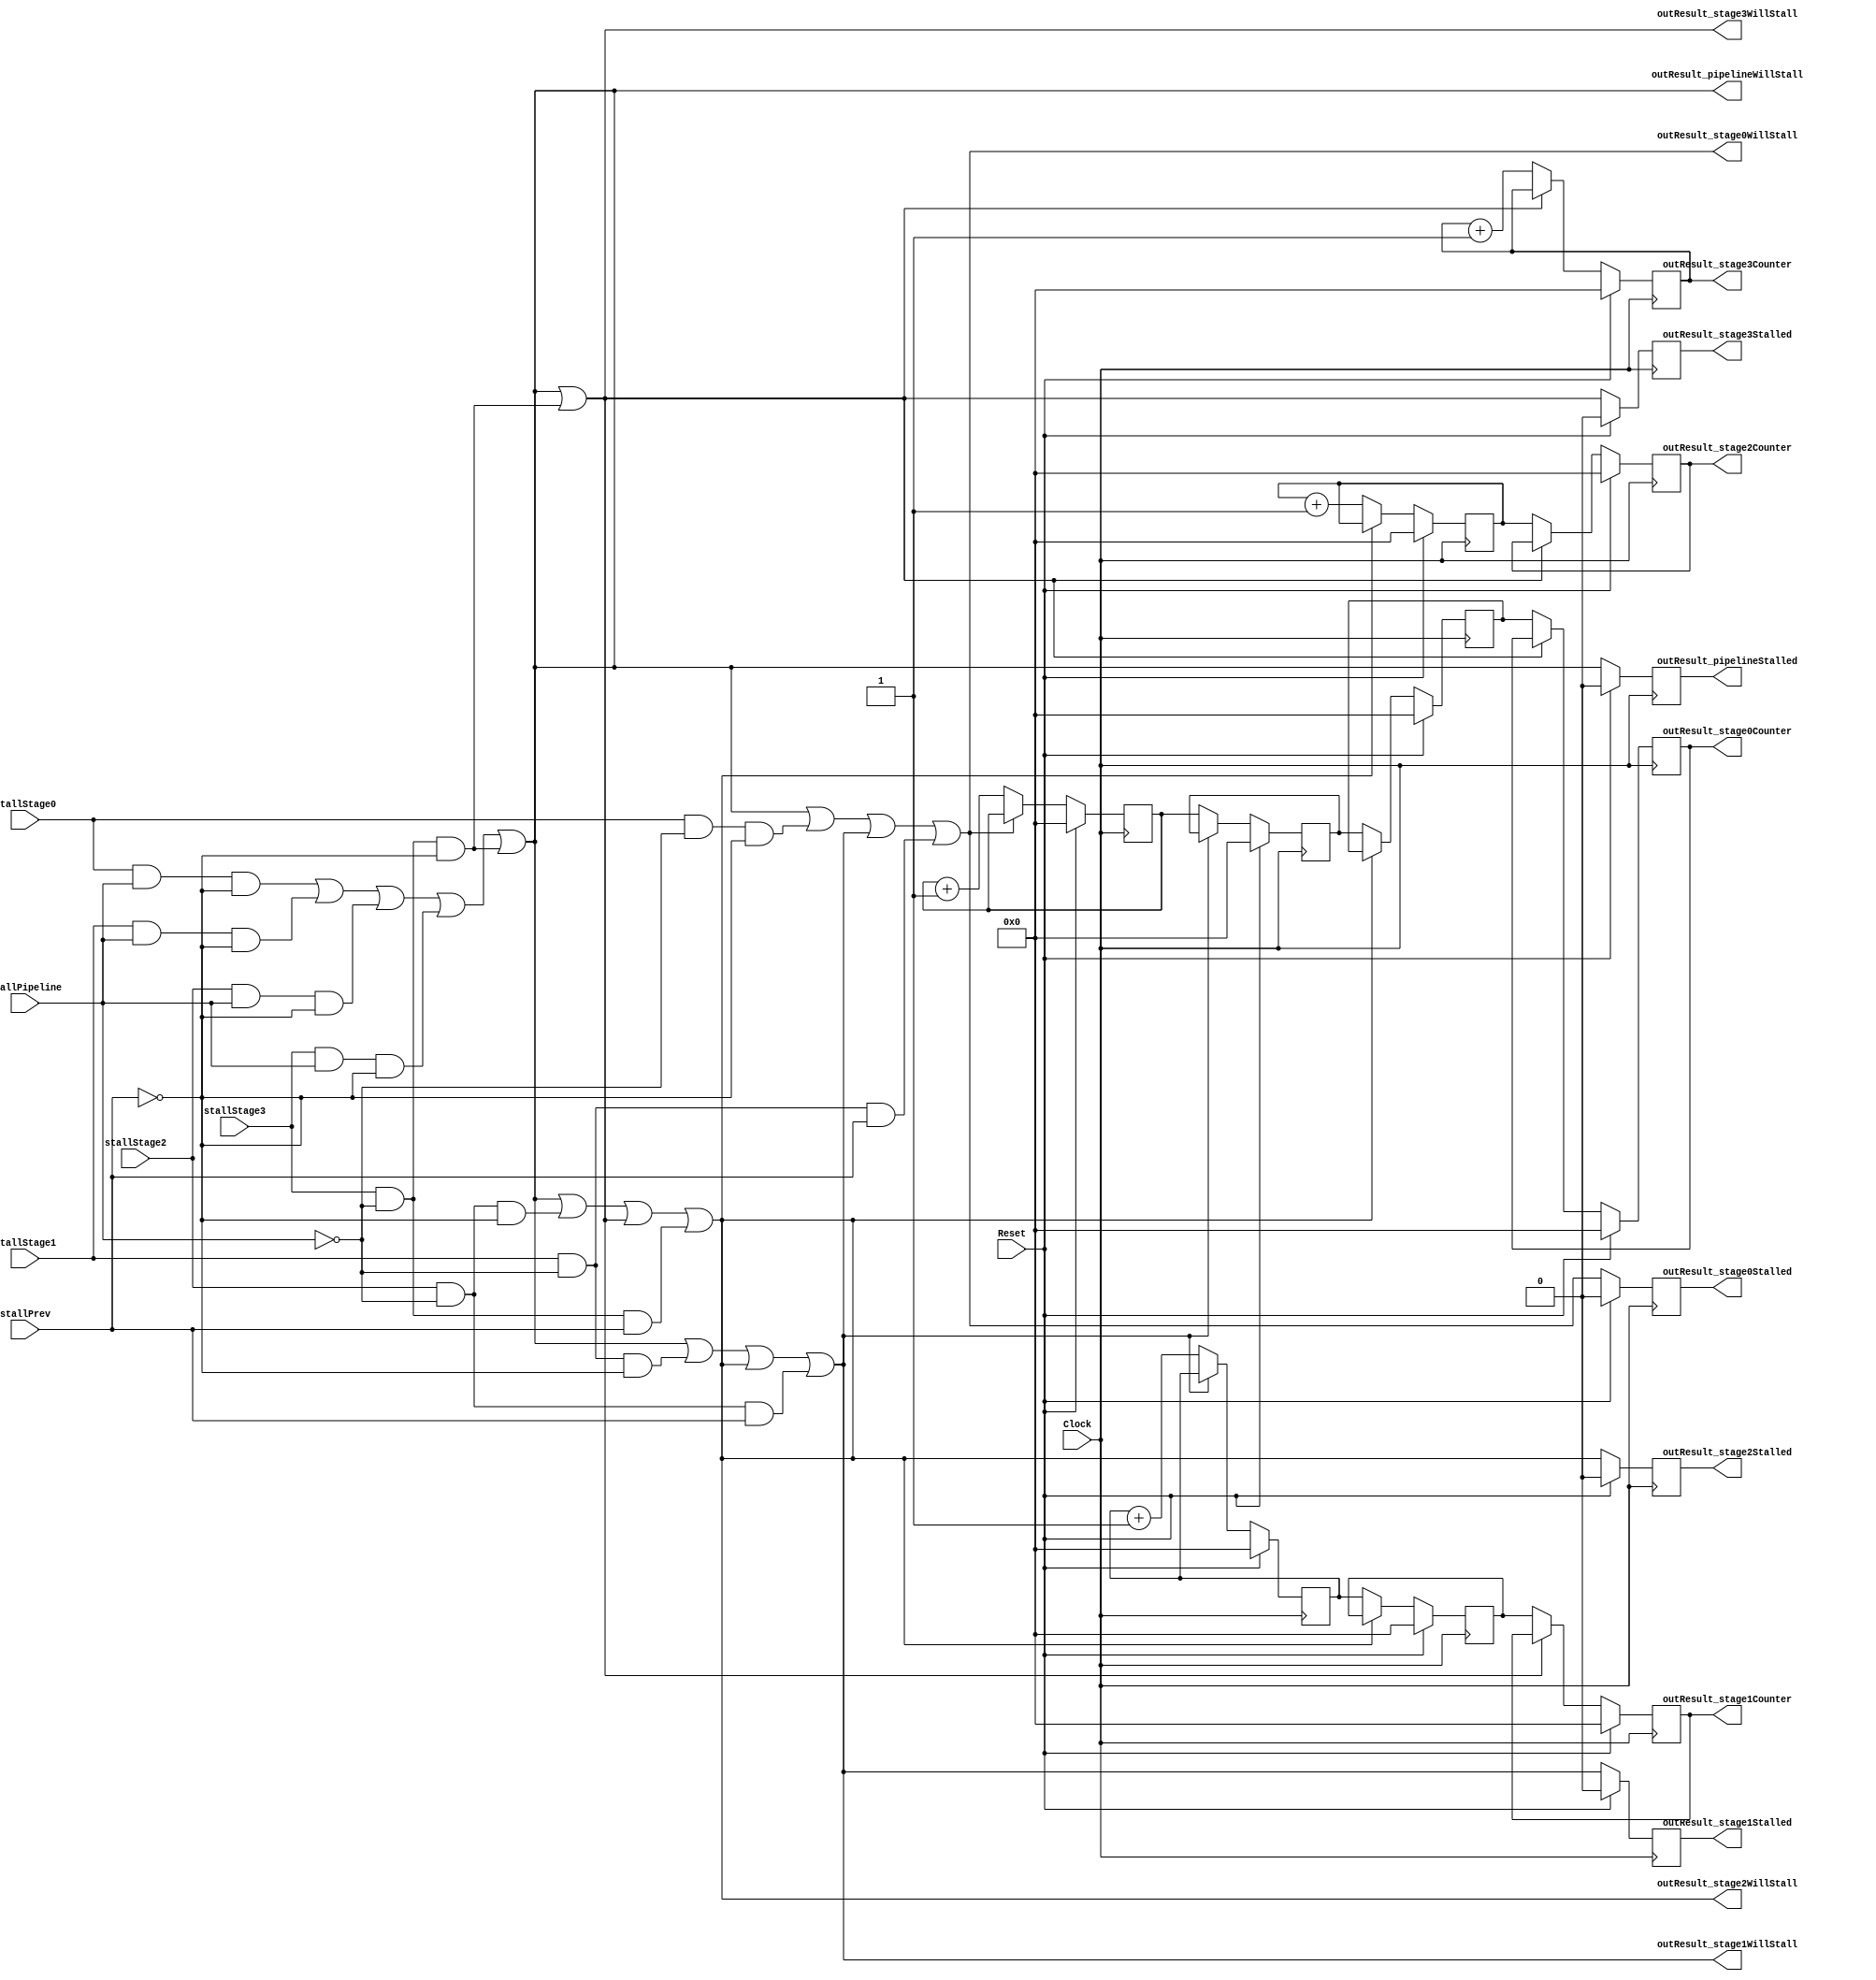
`timescale 1ns/1ps
`default_nettype none
// PLEASE READ THIS, IT MAY SAVE YOU SOME TIME AND MONEY, THANK YOU!
// * This file was generated by Quokka FPGA Toolkit.
// * Generated code is your property, do whatever you want with it
// * Place custom code between [BEGIN USER ***] and [END USER ***].
// * CAUTION: All code outside of [USER] scope is subject to regeneration.
// * Bad things happen sometimes in developer's life,
//   it is recommended to use source control management software (e.g. git, bzr etc) to keep your custom code safe'n'sound.
// * Internal structure of code is subject to change.
//   You can use some of signals in custom code, but most likely they will not exist in future (e.g. will get shorter or gone completely)
// * Please send your feedback, comments, improvement ideas etc. to evmuryshkin@gmail.com
// * Visit https://github.com/EvgenyMuryshkin/QuokkaEvaluation to access latest version of playground
//
// DISCLAIMER:
//   Code comes AS-IS, it is your responsibility to make sure it is working as expected
//   no responsibility will be taken for any loss or damage caused by use of Quokka toolkit.
//
// System configuration name is StallControlTestPipelineModule_TopLevel, clock frequency is 1Hz, Top-level
// FSM summary
// -- Packages
module StallControlTestPipelineModule_TopLevel
(
	// [BEGIN USER PORTS]
	// [END USER PORTS]
	input wire Clock,
	input wire Reset,
	input wire stallPipeline,
	input wire stallPrev,
	input wire stallStage0,
	input wire stallStage1,
	input wire stallStage2,
	input wire stallStage3,
	output wire outResult_pipelineStalled,
	output wire outResult_pipelineWillStall,
	output wire [7:0] outResult_stage0Counter,
	output wire outResult_stage0Stalled,
	output wire outResult_stage0WillStall,
	output wire [7:0] outResult_stage1Counter,
	output wire outResult_stage1Stalled,
	output wire outResult_stage1WillStall,
	output wire [7:0] outResult_stage2Counter,
	output wire outResult_stage2Stalled,
	output wire outResult_stage2WillStall,
	output wire [7:0] outResult_stage3Counter,
	output wire outResult_stage3Stalled,
	output wire outResult_stage3WillStall
);
	// [BEGIN USER SIGNALS]
	// [END USER SIGNALS]
	localparam HiSignal = 1'b1;
	localparam LoSignal = 1'b0;
	wire Zero = 1'b0;
	wire One = 1'b1;
	wire true = 1'b1;
	wire false = 1'b0;
	wire Pipeline_StallControlTestPipelineModule_L96F17L105T18_StallControlTestPipelineModule_L103F70T71_Expr = 1'b1;
	wire Pipeline_StallControlTestPipelineModule_L107F17L117T18_StallControlTestPipelineModule_L115F70T71_Expr = 1'b1;
	wire Pipeline_StallControlTestPipelineModule_L119F17L130T18_StallControlTestPipelineModule_L128F70T71_Expr = 1'b1;
	wire Pipeline_StallControlTestPipelineModule_L132F17L144T18_StallControlTestPipelineModule_L142F70T71_Expr = 1'b1;
	wire Inputs_stallPipeline;
	wire Inputs_stallPrev;
	wire Inputs_stallStage0;
	wire Inputs_stallStage1;
	wire Inputs_stallStage2;
	wire Inputs_stallStage3;
	wire Pipeline_PipelinePreview_PipelineWillStall;
	reg [7: 0] Pipeline_stage0_NextState_stage0Counter;
	wire Pipeline_stage0_Preview_StageWillStall;
	reg Pipeline_stage0_Request_StallPipeline = 1'b0;
	reg Pipeline_stage0_Request_StallPrev = 1'b0;
	reg Pipeline_stage0_Request_StallSelf = 1'b0;
	reg [7: 0] Pipeline_stage1_NextState_stage0Counter;
	reg [7: 0] Pipeline_stage1_NextState_stage1Counter;
	wire Pipeline_stage1_Preview_StageWillStall;
	reg Pipeline_stage1_Request_StallPipeline = 1'b0;
	reg Pipeline_stage1_Request_StallPrev = 1'b0;
	reg Pipeline_stage1_Request_StallSelf = 1'b0;
	reg [7: 0] Pipeline_stage2_NextState_stage0Counter;
	reg [7: 0] Pipeline_stage2_NextState_stage1Counter;
	reg [7: 0] Pipeline_stage2_NextState_stage2Counter;
	wire Pipeline_stage2_Preview_StageWillStall;
	reg Pipeline_stage2_Request_StallPipeline = 1'b0;
	reg Pipeline_stage2_Request_StallPrev = 1'b0;
	reg Pipeline_stage2_Request_StallSelf = 1'b0;
	reg [7: 0] Pipeline_stage3_NextState_stage0Counter;
	reg [7: 0] Pipeline_stage3_NextState_stage1Counter;
	reg [7: 0] Pipeline_stage3_NextState_stage2Counter;
	reg [7: 0] Pipeline_stage3_NextState_stage3Counter;
	wire Pipeline_stage3_Preview_StageWillStall;
	reg Pipeline_stage3_Request_StallPipeline = 1'b0;
	reg Pipeline_stage3_Request_StallPrev = 1'b0;
	reg Pipeline_stage3_Request_StallSelf = 1'b0;
	wire Pipeline_Inputs_stallPipeline;
	wire Pipeline_Inputs_stallPrev;
	wire Pipeline_Inputs_stallStage0;
	wire Pipeline_Inputs_stallStage1;
	wire Pipeline_Inputs_stallStage2;
	wire Pipeline_Inputs_stallStage3;
	wire [7: 0] Pipeline_State_stage0Counter;
	wire [7: 0] Pipeline_State_stage1Counter;
	wire [7: 0] Pipeline_State_stage2Counter;
	wire [7: 0] Pipeline_State_stage3Counter;
	wire [7: 0] Pipeline_NextState_stage0Counter;
	wire [7: 0] Pipeline_NextState_stage1Counter;
	wire [7: 0] Pipeline_NextState_stage2Counter;
	wire [7: 0] Pipeline_NextState_stage3Counter;
	wire [7: 0] Pipeline_StallControlTestPipelineModule_L96F17L105T18_StallControlTestPipelineModule_L103F41T72_Cast;
	wire [7: 0] Pipeline_StallControlTestPipelineModule_L107F17L117T18_StallControlTestPipelineModule_L115F41T72_Cast;
	wire [7: 0] Pipeline_StallControlTestPipelineModule_L119F17L130T18_StallControlTestPipelineModule_L128F41T72_Cast;
	wire [7: 0] Pipeline_StallControlTestPipelineModule_L132F17L144T18_StallControlTestPipelineModule_L142F41T72_Cast;
	reg Pipeline_PipelineControl_PipelineStalled = 1'b0;
	wire Pipeline_PipelineControl_PipelineStalledDefault = 1'b0;
	reg [7: 0] Pipeline_stage0_State_stage0Counter = 8'b00000000;
	wire [7: 0] Pipeline_stage0_State_stage0CounterDefault = 8'b00000000;
	reg Pipeline_stage0_Control_StageStalled = 1'b0;
	wire Pipeline_stage0_Control_StageStalledDefault = 1'b0;
	reg [7: 0] Pipeline_stage1_State_stage0Counter = 8'b00000000;
	wire [7: 0] Pipeline_stage1_State_stage0CounterDefault = 8'b00000000;
	reg [7: 0] Pipeline_stage1_State_stage1Counter = 8'b00000000;
	wire [7: 0] Pipeline_stage1_State_stage1CounterDefault = 8'b00000000;
	reg Pipeline_stage1_Control_StageStalled = 1'b0;
	wire Pipeline_stage1_Control_StageStalledDefault = 1'b0;
	reg [7: 0] Pipeline_stage2_State_stage0Counter = 8'b00000000;
	wire [7: 0] Pipeline_stage2_State_stage0CounterDefault = 8'b00000000;
	reg [7: 0] Pipeline_stage2_State_stage1Counter = 8'b00000000;
	wire [7: 0] Pipeline_stage2_State_stage1CounterDefault = 8'b00000000;
	reg [7: 0] Pipeline_stage2_State_stage2Counter = 8'b00000000;
	wire [7: 0] Pipeline_stage2_State_stage2CounterDefault = 8'b00000000;
	reg Pipeline_stage2_Control_StageStalled = 1'b0;
	wire Pipeline_stage2_Control_StageStalledDefault = 1'b0;
	reg [7: 0] Pipeline_stage3_State_stage0Counter = 8'b00000000;
	wire [7: 0] Pipeline_stage3_State_stage0CounterDefault = 8'b00000000;
	reg [7: 0] Pipeline_stage3_State_stage1Counter = 8'b00000000;
	wire [7: 0] Pipeline_stage3_State_stage1CounterDefault = 8'b00000000;
	reg [7: 0] Pipeline_stage3_State_stage2Counter = 8'b00000000;
	wire [7: 0] Pipeline_stage3_State_stage2CounterDefault = 8'b00000000;
	reg [7: 0] Pipeline_stage3_State_stage3Counter = 8'b00000000;
	wire [7: 0] Pipeline_stage3_State_stage3CounterDefault = 8'b00000000;
	reg Pipeline_stage3_Control_StageStalled = 1'b0;
	wire Pipeline_stage3_Control_StageStalledDefault = 1'b0;
	wire Pipeline_PipelinePreview_PipelineWillStall_Source;
	wire Pipeline_PipelinePreview_PipelineWillStall_Source_1;
	wire Pipeline_PipelinePreview_PipelineWillStall_Source_2;
	wire Pipeline_PipelinePreview_PipelineWillStall_Source_3;
	wire Pipeline_PipelinePreview_PipelineWillStall_Source_4;
	wire Pipeline_PipelinePreview_PipelineWillStall_Source_5;
	wire Pipeline_stage0_Preview_StageWillStall_Source;
	wire Pipeline_stage0_Preview_StageWillStall_Source_1;
	wire Pipeline_stage0_Preview_StageWillStall_Source_2;
	wire Pipeline_stage0_Preview_StageWillStall_Source_3;
	wire Pipeline_stage0_Preview_StageWillStall_Source_4;
	wire Pipeline_stage1_Preview_StageWillStall_Source;
	wire Pipeline_stage1_Preview_StageWillStall_Source_1;
	wire Pipeline_stage1_Preview_StageWillStall_Source_2;
	wire Pipeline_stage1_Preview_StageWillStall_Source_3;
	wire Pipeline_stage1_Preview_StageWillStall_Source_4;
	wire Pipeline_stage2_Preview_StageWillStall_Source;
	wire Pipeline_stage2_Preview_StageWillStall_Source_1;
	wire Pipeline_stage2_Preview_StageWillStall_Source_2;
	wire Pipeline_stage2_Preview_StageWillStall_Source_3;
	wire Pipeline_stage2_Preview_StageWillStall_Source_4;
	wire Pipeline_stage3_Preview_StageWillStall_Source;
	wire Pipeline_stage3_Preview_StageWillStall_Source_1;
	wire Pipeline_stage3_Preview_StageWillStall_Source_2;
	wire [7: 0] Pipeline_StallControlTestPipelineModule_L96F17L105T18_StallControlTestPipelineModule_L97F54T118_Expr;
	wire [7: 0] Pipeline_StallControlTestPipelineModule_L96F17L105T18_StallControlTestPipelineModule_L97F54T118_Expr_1;
	wire [7: 0] Pipeline_StallControlTestPipelineModule_L96F17L105T18_StallControlTestPipelineModule_L97F54T118_Expr_2;
	wire [7: 0] Pipeline_StallControlTestPipelineModule_L96F17L105T18_StallControlTestPipelineModule_L97F54T97_Expr;
	wire [7: 0] Pipeline_StallControlTestPipelineModule_L96F17L105T18_StallControlTestPipelineModule_L97F54T97_Expr_1;
	wire [7: 0] Pipeline_StallControlTestPipelineModule_L96F17L105T18_StallControlTestPipelineModule_L97F54T97_Expr_2;
	wire Pipeline_StallControlTestPipelineModule_L96F17L105T18_StallControlTestPipelineModule_L97F76T97_Expr;
	wire Pipeline_StallControlTestPipelineModule_L96F17L105T18_StallControlTestPipelineModule_L97F76T97_Expr_1;
	wire Pipeline_StallControlTestPipelineModule_L96F17L105T18_StallControlTestPipelineModule_L97F101T118_Expr;
	wire Pipeline_StallControlTestPipelineModule_L96F17L105T18_StallControlTestPipelineModule_L97F101T118_Expr_1;
	wire [7: 0] Pipeline_StallControlTestPipelineModule_L96F17L105T18_StallControlTestPipelineModule_L98F54T117_Expr;
	wire [7: 0] Pipeline_StallControlTestPipelineModule_L96F17L105T18_StallControlTestPipelineModule_L98F54T117_Expr_1;
	wire [7: 0] Pipeline_StallControlTestPipelineModule_L96F17L105T18_StallControlTestPipelineModule_L98F54T117_Expr_2;
	wire [7: 0] Pipeline_StallControlTestPipelineModule_L96F17L105T18_StallControlTestPipelineModule_L98F54T97_Expr;
	wire [7: 0] Pipeline_StallControlTestPipelineModule_L96F17L105T18_StallControlTestPipelineModule_L98F54T97_Expr_1;
	wire [7: 0] Pipeline_StallControlTestPipelineModule_L96F17L105T18_StallControlTestPipelineModule_L98F54T97_Expr_2;
	wire Pipeline_StallControlTestPipelineModule_L96F17L105T18_StallControlTestPipelineModule_L98F76T97_Expr;
	wire Pipeline_StallControlTestPipelineModule_L96F17L105T18_StallControlTestPipelineModule_L98F76T97_Expr_1;
	wire [7: 0] Pipeline_StallControlTestPipelineModule_L96F17L105T18_StallControlTestPipelineModule_L99F58T121_Expr;
	wire [7: 0] Pipeline_StallControlTestPipelineModule_L96F17L105T18_StallControlTestPipelineModule_L99F58T121_Expr_1;
	wire [7: 0] Pipeline_StallControlTestPipelineModule_L96F17L105T18_StallControlTestPipelineModule_L99F58T121_Expr_2;
	wire [7: 0] Pipeline_StallControlTestPipelineModule_L96F17L105T18_StallControlTestPipelineModule_L99F58T100_Expr;
	wire [7: 0] Pipeline_StallControlTestPipelineModule_L96F17L105T18_StallControlTestPipelineModule_L99F58T100_Expr_1;
	wire [7: 0] Pipeline_StallControlTestPipelineModule_L96F17L105T18_StallControlTestPipelineModule_L99F58T100_Expr_2;
	wire Pipeline_StallControlTestPipelineModule_L96F17L105T18_StallControlTestPipelineModule_L99F104T121_Expr;
	wire Pipeline_StallControlTestPipelineModule_L96F17L105T18_StallControlTestPipelineModule_L99F104T121_Expr_1;
	wire [15: 0] Pipeline_StallControlTestPipelineModule_L107F17L117T18_StallControlTestPipelineModule_L108F54T118_Expr;
	wire [15: 0] Pipeline_StallControlTestPipelineModule_L107F17L117T18_StallControlTestPipelineModule_L108F54T118_Expr_1;
	wire [15: 0] Pipeline_StallControlTestPipelineModule_L107F17L117T18_StallControlTestPipelineModule_L108F54T118_Expr_2;
	wire [15: 0] Pipeline_StallControlTestPipelineModule_L107F17L117T18_StallControlTestPipelineModule_L108F54T97_Expr;
	wire [15: 0] Pipeline_StallControlTestPipelineModule_L107F17L117T18_StallControlTestPipelineModule_L108F54T97_Expr_1;
	wire [15: 0] Pipeline_StallControlTestPipelineModule_L107F17L117T18_StallControlTestPipelineModule_L108F54T97_Expr_2;
	wire Pipeline_StallControlTestPipelineModule_L107F17L117T18_StallControlTestPipelineModule_L108F76T97_Expr;
	wire Pipeline_StallControlTestPipelineModule_L107F17L117T18_StallControlTestPipelineModule_L108F76T97_Expr_1;
	wire Pipeline_StallControlTestPipelineModule_L107F17L117T18_StallControlTestPipelineModule_L108F101T118_Expr;
	wire Pipeline_StallControlTestPipelineModule_L107F17L117T18_StallControlTestPipelineModule_L108F101T118_Expr_1;
	wire [15: 0] Pipeline_StallControlTestPipelineModule_L107F17L117T18_StallControlTestPipelineModule_L109F54T117_Expr;
	wire [15: 0] Pipeline_StallControlTestPipelineModule_L107F17L117T18_StallControlTestPipelineModule_L109F54T117_Expr_1;
	wire [15: 0] Pipeline_StallControlTestPipelineModule_L107F17L117T18_StallControlTestPipelineModule_L109F54T117_Expr_2;
	wire [15: 0] Pipeline_StallControlTestPipelineModule_L107F17L117T18_StallControlTestPipelineModule_L109F54T97_Expr;
	wire [15: 0] Pipeline_StallControlTestPipelineModule_L107F17L117T18_StallControlTestPipelineModule_L109F54T97_Expr_1;
	wire [15: 0] Pipeline_StallControlTestPipelineModule_L107F17L117T18_StallControlTestPipelineModule_L109F54T97_Expr_2;
	wire Pipeline_StallControlTestPipelineModule_L107F17L117T18_StallControlTestPipelineModule_L109F76T97_Expr;
	wire Pipeline_StallControlTestPipelineModule_L107F17L117T18_StallControlTestPipelineModule_L109F76T97_Expr_1;
	wire [15: 0] Pipeline_StallControlTestPipelineModule_L107F17L117T18_StallControlTestPipelineModule_L110F58T121_Expr;
	wire [15: 0] Pipeline_StallControlTestPipelineModule_L107F17L117T18_StallControlTestPipelineModule_L110F58T121_Expr_1;
	wire [15: 0] Pipeline_StallControlTestPipelineModule_L107F17L117T18_StallControlTestPipelineModule_L110F58T121_Expr_2;
	wire [15: 0] Pipeline_StallControlTestPipelineModule_L107F17L117T18_StallControlTestPipelineModule_L110F58T100_Expr;
	wire [15: 0] Pipeline_StallControlTestPipelineModule_L107F17L117T18_StallControlTestPipelineModule_L110F58T100_Expr_1;
	wire [15: 0] Pipeline_StallControlTestPipelineModule_L107F17L117T18_StallControlTestPipelineModule_L110F58T100_Expr_2;
	wire Pipeline_StallControlTestPipelineModule_L107F17L117T18_StallControlTestPipelineModule_L110F104T121_Expr;
	wire Pipeline_StallControlTestPipelineModule_L107F17L117T18_StallControlTestPipelineModule_L110F104T121_Expr_1;
	wire [23: 0] Pipeline_StallControlTestPipelineModule_L119F17L130T18_StallControlTestPipelineModule_L120F54T118_Expr;
	wire [23: 0] Pipeline_StallControlTestPipelineModule_L119F17L130T18_StallControlTestPipelineModule_L120F54T118_Expr_1;
	wire [23: 0] Pipeline_StallControlTestPipelineModule_L119F17L130T18_StallControlTestPipelineModule_L120F54T118_Expr_2;
	wire [23: 0] Pipeline_StallControlTestPipelineModule_L119F17L130T18_StallControlTestPipelineModule_L120F54T97_Expr;
	wire [23: 0] Pipeline_StallControlTestPipelineModule_L119F17L130T18_StallControlTestPipelineModule_L120F54T97_Expr_1;
	wire [23: 0] Pipeline_StallControlTestPipelineModule_L119F17L130T18_StallControlTestPipelineModule_L120F54T97_Expr_2;
	wire Pipeline_StallControlTestPipelineModule_L119F17L130T18_StallControlTestPipelineModule_L120F76T97_Expr;
	wire Pipeline_StallControlTestPipelineModule_L119F17L130T18_StallControlTestPipelineModule_L120F76T97_Expr_1;
	wire Pipeline_StallControlTestPipelineModule_L119F17L130T18_StallControlTestPipelineModule_L120F101T118_Expr;
	wire Pipeline_StallControlTestPipelineModule_L119F17L130T18_StallControlTestPipelineModule_L120F101T118_Expr_1;
	wire [23: 0] Pipeline_StallControlTestPipelineModule_L119F17L130T18_StallControlTestPipelineModule_L121F54T117_Expr;
	wire [23: 0] Pipeline_StallControlTestPipelineModule_L119F17L130T18_StallControlTestPipelineModule_L121F54T117_Expr_1;
	wire [23: 0] Pipeline_StallControlTestPipelineModule_L119F17L130T18_StallControlTestPipelineModule_L121F54T117_Expr_2;
	wire [23: 0] Pipeline_StallControlTestPipelineModule_L119F17L130T18_StallControlTestPipelineModule_L121F54T97_Expr;
	wire [23: 0] Pipeline_StallControlTestPipelineModule_L119F17L130T18_StallControlTestPipelineModule_L121F54T97_Expr_1;
	wire [23: 0] Pipeline_StallControlTestPipelineModule_L119F17L130T18_StallControlTestPipelineModule_L121F54T97_Expr_2;
	wire Pipeline_StallControlTestPipelineModule_L119F17L130T18_StallControlTestPipelineModule_L121F76T97_Expr;
	wire Pipeline_StallControlTestPipelineModule_L119F17L130T18_StallControlTestPipelineModule_L121F76T97_Expr_1;
	wire [23: 0] Pipeline_StallControlTestPipelineModule_L119F17L130T18_StallControlTestPipelineModule_L122F58T121_Expr;
	wire [23: 0] Pipeline_StallControlTestPipelineModule_L119F17L130T18_StallControlTestPipelineModule_L122F58T121_Expr_1;
	wire [23: 0] Pipeline_StallControlTestPipelineModule_L119F17L130T18_StallControlTestPipelineModule_L122F58T121_Expr_2;
	wire [23: 0] Pipeline_StallControlTestPipelineModule_L119F17L130T18_StallControlTestPipelineModule_L122F58T100_Expr;
	wire [23: 0] Pipeline_StallControlTestPipelineModule_L119F17L130T18_StallControlTestPipelineModule_L122F58T100_Expr_1;
	wire [23: 0] Pipeline_StallControlTestPipelineModule_L119F17L130T18_StallControlTestPipelineModule_L122F58T100_Expr_2;
	wire Pipeline_StallControlTestPipelineModule_L119F17L130T18_StallControlTestPipelineModule_L122F104T121_Expr;
	wire Pipeline_StallControlTestPipelineModule_L119F17L130T18_StallControlTestPipelineModule_L122F104T121_Expr_1;
	wire [31: 0] Pipeline_StallControlTestPipelineModule_L132F17L144T18_StallControlTestPipelineModule_L133F54T118_Expr;
	wire [31: 0] Pipeline_StallControlTestPipelineModule_L132F17L144T18_StallControlTestPipelineModule_L133F54T118_Expr_1;
	wire [31: 0] Pipeline_StallControlTestPipelineModule_L132F17L144T18_StallControlTestPipelineModule_L133F54T118_Expr_2;
	wire [31: 0] Pipeline_StallControlTestPipelineModule_L132F17L144T18_StallControlTestPipelineModule_L133F54T97_Expr;
	wire [31: 0] Pipeline_StallControlTestPipelineModule_L132F17L144T18_StallControlTestPipelineModule_L133F54T97_Expr_1;
	wire [31: 0] Pipeline_StallControlTestPipelineModule_L132F17L144T18_StallControlTestPipelineModule_L133F54T97_Expr_2;
	wire Pipeline_StallControlTestPipelineModule_L132F17L144T18_StallControlTestPipelineModule_L133F76T97_Expr;
	wire Pipeline_StallControlTestPipelineModule_L132F17L144T18_StallControlTestPipelineModule_L133F76T97_Expr_1;
	wire Pipeline_StallControlTestPipelineModule_L132F17L144T18_StallControlTestPipelineModule_L133F101T118_Expr;
	wire Pipeline_StallControlTestPipelineModule_L132F17L144T18_StallControlTestPipelineModule_L133F101T118_Expr_1;
	wire [31: 0] Pipeline_StallControlTestPipelineModule_L132F17L144T18_StallControlTestPipelineModule_L134F54T117_Expr;
	wire [31: 0] Pipeline_StallControlTestPipelineModule_L132F17L144T18_StallControlTestPipelineModule_L134F54T117_Expr_1;
	wire [31: 0] Pipeline_StallControlTestPipelineModule_L132F17L144T18_StallControlTestPipelineModule_L134F54T117_Expr_2;
	wire [31: 0] Pipeline_StallControlTestPipelineModule_L132F17L144T18_StallControlTestPipelineModule_L134F54T97_Expr;
	wire [31: 0] Pipeline_StallControlTestPipelineModule_L132F17L144T18_StallControlTestPipelineModule_L134F54T97_Expr_1;
	wire [31: 0] Pipeline_StallControlTestPipelineModule_L132F17L144T18_StallControlTestPipelineModule_L134F54T97_Expr_2;
	wire Pipeline_StallControlTestPipelineModule_L132F17L144T18_StallControlTestPipelineModule_L134F76T97_Expr;
	wire Pipeline_StallControlTestPipelineModule_L132F17L144T18_StallControlTestPipelineModule_L134F76T97_Expr_1;
	wire [31: 0] Pipeline_StallControlTestPipelineModule_L132F17L144T18_StallControlTestPipelineModule_L135F58T121_Expr;
	wire [31: 0] Pipeline_StallControlTestPipelineModule_L132F17L144T18_StallControlTestPipelineModule_L135F58T121_Expr_1;
	wire [31: 0] Pipeline_StallControlTestPipelineModule_L132F17L144T18_StallControlTestPipelineModule_L135F58T121_Expr_2;
	wire [31: 0] Pipeline_StallControlTestPipelineModule_L132F17L144T18_StallControlTestPipelineModule_L135F58T100_Expr;
	wire [31: 0] Pipeline_StallControlTestPipelineModule_L132F17L144T18_StallControlTestPipelineModule_L135F58T100_Expr_1;
	wire [31: 0] Pipeline_StallControlTestPipelineModule_L132F17L144T18_StallControlTestPipelineModule_L135F58T100_Expr_2;
	wire Pipeline_StallControlTestPipelineModule_L132F17L144T18_StallControlTestPipelineModule_L135F104T121_Expr;
	wire Pipeline_StallControlTestPipelineModule_L132F17L144T18_StallControlTestPipelineModule_L135F104T121_Expr_1;
	wire [9: 0] Pipeline_StallControlTestPipelineModule_L96F17L105T18_StallControlTestPipelineModule_L103F48T71_Expr;
	wire signed [9: 0] Pipeline_StallControlTestPipelineModule_L96F17L105T18_StallControlTestPipelineModule_L103F48T71_Expr_1;
	wire signed [9: 0] Pipeline_StallControlTestPipelineModule_L96F17L105T18_StallControlTestPipelineModule_L103F48T71_Expr_2;
	wire [9: 0] Pipeline_StallControlTestPipelineModule_L107F17L117T18_StallControlTestPipelineModule_L115F48T71_Expr;
	wire signed [9: 0] Pipeline_StallControlTestPipelineModule_L107F17L117T18_StallControlTestPipelineModule_L115F48T71_Expr_1;
	wire signed [9: 0] Pipeline_StallControlTestPipelineModule_L107F17L117T18_StallControlTestPipelineModule_L115F48T71_Expr_2;
	wire [9: 0] Pipeline_StallControlTestPipelineModule_L119F17L130T18_StallControlTestPipelineModule_L128F48T71_Expr;
	wire signed [9: 0] Pipeline_StallControlTestPipelineModule_L119F17L130T18_StallControlTestPipelineModule_L128F48T71_Expr_1;
	wire signed [9: 0] Pipeline_StallControlTestPipelineModule_L119F17L130T18_StallControlTestPipelineModule_L128F48T71_Expr_2;
	wire [9: 0] Pipeline_StallControlTestPipelineModule_L132F17L144T18_StallControlTestPipelineModule_L142F48T71_Expr;
	wire signed [9: 0] Pipeline_StallControlTestPipelineModule_L132F17L144T18_StallControlTestPipelineModule_L142F48T71_Expr_1;
	wire signed [9: 0] Pipeline_StallControlTestPipelineModule_L132F17L144T18_StallControlTestPipelineModule_L142F48T71_Expr_2;
	always @ (posedge Clock)
	begin
		if ((Reset == 1))
		begin
			Pipeline_PipelineControl_PipelineStalled <= Pipeline_PipelineControl_PipelineStalledDefault;
			Pipeline_stage0_State_stage0Counter <= Pipeline_stage0_State_stage0CounterDefault;
			Pipeline_stage0_Control_StageStalled <= Pipeline_stage0_Control_StageStalledDefault;
			Pipeline_stage1_State_stage0Counter <= Pipeline_stage1_State_stage0CounterDefault;
			Pipeline_stage1_State_stage1Counter <= Pipeline_stage1_State_stage1CounterDefault;
			Pipeline_stage1_Control_StageStalled <= Pipeline_stage1_Control_StageStalledDefault;
			Pipeline_stage2_State_stage0Counter <= Pipeline_stage2_State_stage0CounterDefault;
			Pipeline_stage2_State_stage1Counter <= Pipeline_stage2_State_stage1CounterDefault;
			Pipeline_stage2_State_stage2Counter <= Pipeline_stage2_State_stage2CounterDefault;
			Pipeline_stage2_Control_StageStalled <= Pipeline_stage2_Control_StageStalledDefault;
			Pipeline_stage3_State_stage0Counter <= Pipeline_stage3_State_stage0CounterDefault;
			Pipeline_stage3_State_stage1Counter <= Pipeline_stage3_State_stage1CounterDefault;
			Pipeline_stage3_State_stage2Counter <= Pipeline_stage3_State_stage2CounterDefault;
			Pipeline_stage3_State_stage3Counter <= Pipeline_stage3_State_stage3CounterDefault;
			Pipeline_stage3_Control_StageStalled <= Pipeline_stage3_Control_StageStalledDefault;
		end
		else
		begin
			Pipeline_PipelineControl_PipelineStalled <= Pipeline_PipelinePreview_PipelineWillStall;
			Pipeline_stage0_Control_StageStalled <= Pipeline_stage0_Preview_StageWillStall;
			Pipeline_stage1_Control_StageStalled <= Pipeline_stage1_Preview_StageWillStall;
			Pipeline_stage2_Control_StageStalled <= Pipeline_stage2_Preview_StageWillStall;
			Pipeline_stage3_Control_StageStalled <= Pipeline_stage3_Preview_StageWillStall;
			if ((Pipeline_stage0_Preview_StageWillStall != 1))
			begin
				Pipeline_stage0_State_stage0Counter <= Pipeline_stage0_NextState_stage0Counter;
			end
			if ((Pipeline_stage1_Preview_StageWillStall != 1))
			begin
				Pipeline_stage1_State_stage0Counter <= Pipeline_stage1_NextState_stage0Counter;
				Pipeline_stage1_State_stage1Counter <= Pipeline_stage1_NextState_stage1Counter;
			end
			if ((Pipeline_stage2_Preview_StageWillStall != 1))
			begin
				Pipeline_stage2_State_stage0Counter <= Pipeline_stage2_NextState_stage0Counter;
				Pipeline_stage2_State_stage1Counter <= Pipeline_stage2_NextState_stage1Counter;
				Pipeline_stage2_State_stage2Counter <= Pipeline_stage2_NextState_stage2Counter;
			end
			if ((Pipeline_stage3_Preview_StageWillStall != 1))
			begin
				Pipeline_stage3_State_stage0Counter <= Pipeline_stage3_NextState_stage0Counter;
				Pipeline_stage3_State_stage1Counter <= Pipeline_stage3_NextState_stage1Counter;
				Pipeline_stage3_State_stage2Counter <= Pipeline_stage3_NextState_stage2Counter;
				Pipeline_stage3_State_stage3Counter <= Pipeline_stage3_NextState_stage3Counter;
			end
		end
	end
	assign Pipeline_PipelinePreview_PipelineWillStall_Source = Pipeline_PipelinePreview_PipelineWillStall_Source_1 | Pipeline_PipelinePreview_PipelineWillStall_Source_2 | Pipeline_PipelinePreview_PipelineWillStall_Source_3 | Pipeline_PipelinePreview_PipelineWillStall_Source_4 | Pipeline_PipelinePreview_PipelineWillStall_Source_5;
	assign Pipeline_stage0_Preview_StageWillStall_Source = Pipeline_stage0_Preview_StageWillStall_Source_1 | Pipeline_stage0_Preview_StageWillStall_Source_2 | Pipeline_stage0_Preview_StageWillStall_Source_3 | Pipeline_stage0_Preview_StageWillStall_Source_4;
	assign Pipeline_stage1_Preview_StageWillStall_Source = Pipeline_stage1_Preview_StageWillStall_Source_1 | Pipeline_stage1_Preview_StageWillStall_Source_2 | Pipeline_stage1_Preview_StageWillStall_Source_3 | Pipeline_stage1_Preview_StageWillStall_Source_4;
	assign Pipeline_stage2_Preview_StageWillStall_Source = Pipeline_stage2_Preview_StageWillStall_Source_1 | Pipeline_stage2_Preview_StageWillStall_Source_2 | Pipeline_stage2_Preview_StageWillStall_Source_3 | Pipeline_stage2_Preview_StageWillStall_Source_4;
	assign Pipeline_stage3_Preview_StageWillStall_Source = Pipeline_stage3_Preview_StageWillStall_Source_1 | Pipeline_stage3_Preview_StageWillStall_Source_2;
	assign Pipeline_StallControlTestPipelineModule_L96F17L105T18_StallControlTestPipelineModule_L97F54T118_Expr = Pipeline_StallControlTestPipelineModule_L96F17L105T18_StallControlTestPipelineModule_L97F54T118_Expr_1 & Pipeline_StallControlTestPipelineModule_L96F17L105T18_StallControlTestPipelineModule_L97F54T118_Expr_2;
	assign Pipeline_StallControlTestPipelineModule_L96F17L105T18_StallControlTestPipelineModule_L97F54T97_Expr = Pipeline_StallControlTestPipelineModule_L96F17L105T18_StallControlTestPipelineModule_L97F54T97_Expr_1 & Pipeline_StallControlTestPipelineModule_L96F17L105T18_StallControlTestPipelineModule_L97F54T97_Expr_2;
	assign Pipeline_StallControlTestPipelineModule_L96F17L105T18_StallControlTestPipelineModule_L97F76T97_Expr = ~Pipeline_StallControlTestPipelineModule_L96F17L105T18_StallControlTestPipelineModule_L97F76T97_Expr_1;
	assign Pipeline_StallControlTestPipelineModule_L96F17L105T18_StallControlTestPipelineModule_L97F101T118_Expr = ~Pipeline_StallControlTestPipelineModule_L96F17L105T18_StallControlTestPipelineModule_L97F101T118_Expr_1;
	assign Pipeline_StallControlTestPipelineModule_L96F17L105T18_StallControlTestPipelineModule_L98F54T117_Expr = Pipeline_StallControlTestPipelineModule_L96F17L105T18_StallControlTestPipelineModule_L98F54T117_Expr_1 & Pipeline_StallControlTestPipelineModule_L96F17L105T18_StallControlTestPipelineModule_L98F54T117_Expr_2;
	assign Pipeline_StallControlTestPipelineModule_L96F17L105T18_StallControlTestPipelineModule_L98F54T97_Expr = Pipeline_StallControlTestPipelineModule_L96F17L105T18_StallControlTestPipelineModule_L98F54T97_Expr_1 & Pipeline_StallControlTestPipelineModule_L96F17L105T18_StallControlTestPipelineModule_L98F54T97_Expr_2;
	assign Pipeline_StallControlTestPipelineModule_L96F17L105T18_StallControlTestPipelineModule_L98F76T97_Expr = ~Pipeline_StallControlTestPipelineModule_L96F17L105T18_StallControlTestPipelineModule_L98F76T97_Expr_1;
	assign Pipeline_StallControlTestPipelineModule_L96F17L105T18_StallControlTestPipelineModule_L99F58T121_Expr = Pipeline_StallControlTestPipelineModule_L96F17L105T18_StallControlTestPipelineModule_L99F58T121_Expr_1 & Pipeline_StallControlTestPipelineModule_L96F17L105T18_StallControlTestPipelineModule_L99F58T121_Expr_2;
	assign Pipeline_StallControlTestPipelineModule_L96F17L105T18_StallControlTestPipelineModule_L99F58T100_Expr = Pipeline_StallControlTestPipelineModule_L96F17L105T18_StallControlTestPipelineModule_L99F58T100_Expr_1 & Pipeline_StallControlTestPipelineModule_L96F17L105T18_StallControlTestPipelineModule_L99F58T100_Expr_2;
	assign Pipeline_StallControlTestPipelineModule_L96F17L105T18_StallControlTestPipelineModule_L99F104T121_Expr = ~Pipeline_StallControlTestPipelineModule_L96F17L105T18_StallControlTestPipelineModule_L99F104T121_Expr_1;
	assign Pipeline_StallControlTestPipelineModule_L107F17L117T18_StallControlTestPipelineModule_L108F54T118_Expr = Pipeline_StallControlTestPipelineModule_L107F17L117T18_StallControlTestPipelineModule_L108F54T118_Expr_1 & Pipeline_StallControlTestPipelineModule_L107F17L117T18_StallControlTestPipelineModule_L108F54T118_Expr_2;
	assign Pipeline_StallControlTestPipelineModule_L107F17L117T18_StallControlTestPipelineModule_L108F54T97_Expr = Pipeline_StallControlTestPipelineModule_L107F17L117T18_StallControlTestPipelineModule_L108F54T97_Expr_1 & Pipeline_StallControlTestPipelineModule_L107F17L117T18_StallControlTestPipelineModule_L108F54T97_Expr_2;
	assign Pipeline_StallControlTestPipelineModule_L107F17L117T18_StallControlTestPipelineModule_L108F76T97_Expr = ~Pipeline_StallControlTestPipelineModule_L107F17L117T18_StallControlTestPipelineModule_L108F76T97_Expr_1;
	assign Pipeline_StallControlTestPipelineModule_L107F17L117T18_StallControlTestPipelineModule_L108F101T118_Expr = ~Pipeline_StallControlTestPipelineModule_L107F17L117T18_StallControlTestPipelineModule_L108F101T118_Expr_1;
	assign Pipeline_StallControlTestPipelineModule_L107F17L117T18_StallControlTestPipelineModule_L109F54T117_Expr = Pipeline_StallControlTestPipelineModule_L107F17L117T18_StallControlTestPipelineModule_L109F54T117_Expr_1 & Pipeline_StallControlTestPipelineModule_L107F17L117T18_StallControlTestPipelineModule_L109F54T117_Expr_2;
	assign Pipeline_StallControlTestPipelineModule_L107F17L117T18_StallControlTestPipelineModule_L109F54T97_Expr = Pipeline_StallControlTestPipelineModule_L107F17L117T18_StallControlTestPipelineModule_L109F54T97_Expr_1 & Pipeline_StallControlTestPipelineModule_L107F17L117T18_StallControlTestPipelineModule_L109F54T97_Expr_2;
	assign Pipeline_StallControlTestPipelineModule_L107F17L117T18_StallControlTestPipelineModule_L109F76T97_Expr = ~Pipeline_StallControlTestPipelineModule_L107F17L117T18_StallControlTestPipelineModule_L109F76T97_Expr_1;
	assign Pipeline_StallControlTestPipelineModule_L107F17L117T18_StallControlTestPipelineModule_L110F58T121_Expr = Pipeline_StallControlTestPipelineModule_L107F17L117T18_StallControlTestPipelineModule_L110F58T121_Expr_1 & Pipeline_StallControlTestPipelineModule_L107F17L117T18_StallControlTestPipelineModule_L110F58T121_Expr_2;
	assign Pipeline_StallControlTestPipelineModule_L107F17L117T18_StallControlTestPipelineModule_L110F58T100_Expr = Pipeline_StallControlTestPipelineModule_L107F17L117T18_StallControlTestPipelineModule_L110F58T100_Expr_1 & Pipeline_StallControlTestPipelineModule_L107F17L117T18_StallControlTestPipelineModule_L110F58T100_Expr_2;
	assign Pipeline_StallControlTestPipelineModule_L107F17L117T18_StallControlTestPipelineModule_L110F104T121_Expr = ~Pipeline_StallControlTestPipelineModule_L107F17L117T18_StallControlTestPipelineModule_L110F104T121_Expr_1;
	assign Pipeline_StallControlTestPipelineModule_L119F17L130T18_StallControlTestPipelineModule_L120F54T118_Expr = Pipeline_StallControlTestPipelineModule_L119F17L130T18_StallControlTestPipelineModule_L120F54T118_Expr_1 & Pipeline_StallControlTestPipelineModule_L119F17L130T18_StallControlTestPipelineModule_L120F54T118_Expr_2;
	assign Pipeline_StallControlTestPipelineModule_L119F17L130T18_StallControlTestPipelineModule_L120F54T97_Expr = Pipeline_StallControlTestPipelineModule_L119F17L130T18_StallControlTestPipelineModule_L120F54T97_Expr_1 & Pipeline_StallControlTestPipelineModule_L119F17L130T18_StallControlTestPipelineModule_L120F54T97_Expr_2;
	assign Pipeline_StallControlTestPipelineModule_L119F17L130T18_StallControlTestPipelineModule_L120F76T97_Expr = ~Pipeline_StallControlTestPipelineModule_L119F17L130T18_StallControlTestPipelineModule_L120F76T97_Expr_1;
	assign Pipeline_StallControlTestPipelineModule_L119F17L130T18_StallControlTestPipelineModule_L120F101T118_Expr = ~Pipeline_StallControlTestPipelineModule_L119F17L130T18_StallControlTestPipelineModule_L120F101T118_Expr_1;
	assign Pipeline_StallControlTestPipelineModule_L119F17L130T18_StallControlTestPipelineModule_L121F54T117_Expr = Pipeline_StallControlTestPipelineModule_L119F17L130T18_StallControlTestPipelineModule_L121F54T117_Expr_1 & Pipeline_StallControlTestPipelineModule_L119F17L130T18_StallControlTestPipelineModule_L121F54T117_Expr_2;
	assign Pipeline_StallControlTestPipelineModule_L119F17L130T18_StallControlTestPipelineModule_L121F54T97_Expr = Pipeline_StallControlTestPipelineModule_L119F17L130T18_StallControlTestPipelineModule_L121F54T97_Expr_1 & Pipeline_StallControlTestPipelineModule_L119F17L130T18_StallControlTestPipelineModule_L121F54T97_Expr_2;
	assign Pipeline_StallControlTestPipelineModule_L119F17L130T18_StallControlTestPipelineModule_L121F76T97_Expr = ~Pipeline_StallControlTestPipelineModule_L119F17L130T18_StallControlTestPipelineModule_L121F76T97_Expr_1;
	assign Pipeline_StallControlTestPipelineModule_L119F17L130T18_StallControlTestPipelineModule_L122F58T121_Expr = Pipeline_StallControlTestPipelineModule_L119F17L130T18_StallControlTestPipelineModule_L122F58T121_Expr_1 & Pipeline_StallControlTestPipelineModule_L119F17L130T18_StallControlTestPipelineModule_L122F58T121_Expr_2;
	assign Pipeline_StallControlTestPipelineModule_L119F17L130T18_StallControlTestPipelineModule_L122F58T100_Expr = Pipeline_StallControlTestPipelineModule_L119F17L130T18_StallControlTestPipelineModule_L122F58T100_Expr_1 & Pipeline_StallControlTestPipelineModule_L119F17L130T18_StallControlTestPipelineModule_L122F58T100_Expr_2;
	assign Pipeline_StallControlTestPipelineModule_L119F17L130T18_StallControlTestPipelineModule_L122F104T121_Expr = ~Pipeline_StallControlTestPipelineModule_L119F17L130T18_StallControlTestPipelineModule_L122F104T121_Expr_1;
	assign Pipeline_StallControlTestPipelineModule_L132F17L144T18_StallControlTestPipelineModule_L133F54T118_Expr = Pipeline_StallControlTestPipelineModule_L132F17L144T18_StallControlTestPipelineModule_L133F54T118_Expr_1 & Pipeline_StallControlTestPipelineModule_L132F17L144T18_StallControlTestPipelineModule_L133F54T118_Expr_2;
	assign Pipeline_StallControlTestPipelineModule_L132F17L144T18_StallControlTestPipelineModule_L133F54T97_Expr = Pipeline_StallControlTestPipelineModule_L132F17L144T18_StallControlTestPipelineModule_L133F54T97_Expr_1 & Pipeline_StallControlTestPipelineModule_L132F17L144T18_StallControlTestPipelineModule_L133F54T97_Expr_2;
	assign Pipeline_StallControlTestPipelineModule_L132F17L144T18_StallControlTestPipelineModule_L133F76T97_Expr = ~Pipeline_StallControlTestPipelineModule_L132F17L144T18_StallControlTestPipelineModule_L133F76T97_Expr_1;
	assign Pipeline_StallControlTestPipelineModule_L132F17L144T18_StallControlTestPipelineModule_L133F101T118_Expr = ~Pipeline_StallControlTestPipelineModule_L132F17L144T18_StallControlTestPipelineModule_L133F101T118_Expr_1;
	assign Pipeline_StallControlTestPipelineModule_L132F17L144T18_StallControlTestPipelineModule_L134F54T117_Expr = Pipeline_StallControlTestPipelineModule_L132F17L144T18_StallControlTestPipelineModule_L134F54T117_Expr_1 & Pipeline_StallControlTestPipelineModule_L132F17L144T18_StallControlTestPipelineModule_L134F54T117_Expr_2;
	assign Pipeline_StallControlTestPipelineModule_L132F17L144T18_StallControlTestPipelineModule_L134F54T97_Expr = Pipeline_StallControlTestPipelineModule_L132F17L144T18_StallControlTestPipelineModule_L134F54T97_Expr_1 & Pipeline_StallControlTestPipelineModule_L132F17L144T18_StallControlTestPipelineModule_L134F54T97_Expr_2;
	assign Pipeline_StallControlTestPipelineModule_L132F17L144T18_StallControlTestPipelineModule_L134F76T97_Expr = ~Pipeline_StallControlTestPipelineModule_L132F17L144T18_StallControlTestPipelineModule_L134F76T97_Expr_1;
	assign Pipeline_StallControlTestPipelineModule_L132F17L144T18_StallControlTestPipelineModule_L135F58T121_Expr = Pipeline_StallControlTestPipelineModule_L132F17L144T18_StallControlTestPipelineModule_L135F58T121_Expr_1 & Pipeline_StallControlTestPipelineModule_L132F17L144T18_StallControlTestPipelineModule_L135F58T121_Expr_2;
	assign Pipeline_StallControlTestPipelineModule_L132F17L144T18_StallControlTestPipelineModule_L135F58T100_Expr = Pipeline_StallControlTestPipelineModule_L132F17L144T18_StallControlTestPipelineModule_L135F58T100_Expr_1 & Pipeline_StallControlTestPipelineModule_L132F17L144T18_StallControlTestPipelineModule_L135F58T100_Expr_2;
	assign Pipeline_StallControlTestPipelineModule_L132F17L144T18_StallControlTestPipelineModule_L135F104T121_Expr = ~Pipeline_StallControlTestPipelineModule_L132F17L144T18_StallControlTestPipelineModule_L135F104T121_Expr_1;
	assign Pipeline_StallControlTestPipelineModule_L96F17L105T18_StallControlTestPipelineModule_L103F48T71_Expr = Pipeline_StallControlTestPipelineModule_L96F17L105T18_StallControlTestPipelineModule_L103F48T71_Expr_1 + Pipeline_StallControlTestPipelineModule_L96F17L105T18_StallControlTestPipelineModule_L103F48T71_Expr_2;
	assign Pipeline_StallControlTestPipelineModule_L107F17L117T18_StallControlTestPipelineModule_L115F48T71_Expr = Pipeline_StallControlTestPipelineModule_L107F17L117T18_StallControlTestPipelineModule_L115F48T71_Expr_1 + Pipeline_StallControlTestPipelineModule_L107F17L117T18_StallControlTestPipelineModule_L115F48T71_Expr_2;
	assign Pipeline_StallControlTestPipelineModule_L119F17L130T18_StallControlTestPipelineModule_L128F48T71_Expr = Pipeline_StallControlTestPipelineModule_L119F17L130T18_StallControlTestPipelineModule_L128F48T71_Expr_1 + Pipeline_StallControlTestPipelineModule_L119F17L130T18_StallControlTestPipelineModule_L128F48T71_Expr_2;
	assign Pipeline_StallControlTestPipelineModule_L132F17L144T18_StallControlTestPipelineModule_L142F48T71_Expr = Pipeline_StallControlTestPipelineModule_L132F17L144T18_StallControlTestPipelineModule_L142F48T71_Expr_1 + Pipeline_StallControlTestPipelineModule_L132F17L144T18_StallControlTestPipelineModule_L142F48T71_Expr_2;
	always @ (*)
	begin
		Pipeline_stage0_NextState_stage0Counter = Pipeline_stage0_State_stage0Counter;
		Pipeline_stage1_NextState_stage0Counter = Pipeline_stage1_State_stage0Counter;
		Pipeline_stage1_NextState_stage1Counter = Pipeline_stage1_State_stage1Counter;
		Pipeline_stage2_NextState_stage0Counter = Pipeline_stage2_State_stage0Counter;
		Pipeline_stage2_NextState_stage1Counter = Pipeline_stage2_State_stage1Counter;
		Pipeline_stage2_NextState_stage2Counter = Pipeline_stage2_State_stage2Counter;
		Pipeline_stage3_NextState_stage0Counter = Pipeline_stage3_State_stage0Counter;
		Pipeline_stage3_NextState_stage1Counter = Pipeline_stage3_State_stage1Counter;
		Pipeline_stage3_NextState_stage2Counter = Pipeline_stage3_State_stage2Counter;
		Pipeline_stage3_NextState_stage3Counter = Pipeline_stage3_State_stage3Counter;
		Pipeline_stage0_Request_StallSelf = Pipeline_StallControlTestPipelineModule_L96F17L105T18_StallControlTestPipelineModule_L97F54T118_Expr[0:0];
		Pipeline_stage0_Request_StallPrev = Pipeline_StallControlTestPipelineModule_L96F17L105T18_StallControlTestPipelineModule_L98F54T117_Expr[0:0];
		Pipeline_stage0_Request_StallPipeline = Pipeline_StallControlTestPipelineModule_L96F17L105T18_StallControlTestPipelineModule_L99F58T121_Expr[0:0];
		Pipeline_stage0_NextState_stage0Counter = Pipeline_StallControlTestPipelineModule_L96F17L105T18_StallControlTestPipelineModule_L103F41T72_Cast;
		Pipeline_stage1_Request_StallSelf = Pipeline_StallControlTestPipelineModule_L107F17L117T18_StallControlTestPipelineModule_L108F54T118_Expr[0:0];
		Pipeline_stage1_Request_StallPrev = Pipeline_StallControlTestPipelineModule_L107F17L117T18_StallControlTestPipelineModule_L109F54T117_Expr[0:0];
		Pipeline_stage1_Request_StallPipeline = Pipeline_StallControlTestPipelineModule_L107F17L117T18_StallControlTestPipelineModule_L110F58T121_Expr[0:0];
		Pipeline_stage1_NextState_stage0Counter = Pipeline_stage0_State_stage0Counter;
		Pipeline_stage1_NextState_stage1Counter = Pipeline_StallControlTestPipelineModule_L107F17L117T18_StallControlTestPipelineModule_L115F41T72_Cast;
		Pipeline_stage2_Request_StallSelf = Pipeline_StallControlTestPipelineModule_L119F17L130T18_StallControlTestPipelineModule_L120F54T118_Expr[0:0];
		Pipeline_stage2_Request_StallPrev = Pipeline_StallControlTestPipelineModule_L119F17L130T18_StallControlTestPipelineModule_L121F54T117_Expr[0:0];
		Pipeline_stage2_Request_StallPipeline = Pipeline_StallControlTestPipelineModule_L119F17L130T18_StallControlTestPipelineModule_L122F58T121_Expr[0:0];
		Pipeline_stage2_NextState_stage0Counter = Pipeline_stage1_State_stage0Counter;
		Pipeline_stage2_NextState_stage1Counter = Pipeline_stage1_State_stage1Counter;
		Pipeline_stage2_NextState_stage2Counter = Pipeline_StallControlTestPipelineModule_L119F17L130T18_StallControlTestPipelineModule_L128F41T72_Cast;
		Pipeline_stage3_Request_StallSelf = Pipeline_StallControlTestPipelineModule_L132F17L144T18_StallControlTestPipelineModule_L133F54T118_Expr[0:0];
		Pipeline_stage3_Request_StallPrev = Pipeline_StallControlTestPipelineModule_L132F17L144T18_StallControlTestPipelineModule_L134F54T117_Expr[0:0];
		Pipeline_stage3_Request_StallPipeline = Pipeline_StallControlTestPipelineModule_L132F17L144T18_StallControlTestPipelineModule_L135F58T121_Expr[0:0];
		Pipeline_stage3_NextState_stage0Counter = Pipeline_stage2_State_stage0Counter;
		Pipeline_stage3_NextState_stage1Counter = Pipeline_stage2_State_stage1Counter;
		Pipeline_stage3_NextState_stage2Counter = Pipeline_stage2_State_stage2Counter;
		Pipeline_stage3_NextState_stage3Counter = Pipeline_StallControlTestPipelineModule_L132F17L144T18_StallControlTestPipelineModule_L142F41T72_Cast;
	end
	assign Pipeline_PipelinePreview_PipelineWillStall_Source_1 = Pipeline_stage0_Request_StallPipeline;
	assign Pipeline_PipelinePreview_PipelineWillStall_Source_2 = Pipeline_stage1_Request_StallPipeline;
	assign Pipeline_PipelinePreview_PipelineWillStall_Source_3 = Pipeline_stage2_Request_StallPipeline;
	assign Pipeline_PipelinePreview_PipelineWillStall_Source_4 = Pipeline_stage3_Request_StallPipeline;
	assign Pipeline_PipelinePreview_PipelineWillStall_Source_5 = Pipeline_stage3_Request_StallSelf;
	assign Pipeline_stage0_Preview_StageWillStall_Source_1 = Pipeline_PipelinePreview_PipelineWillStall;
	assign Pipeline_stage0_Preview_StageWillStall_Source_2 = Pipeline_stage0_Request_StallSelf;
	assign Pipeline_stage0_Preview_StageWillStall_Source_3 = Pipeline_stage1_Preview_StageWillStall;
	assign Pipeline_stage0_Preview_StageWillStall_Source_4 = Pipeline_stage1_Request_StallPrev;
	assign Pipeline_stage1_Preview_StageWillStall_Source_1 = Pipeline_PipelinePreview_PipelineWillStall;
	assign Pipeline_stage1_Preview_StageWillStall_Source_2 = Pipeline_stage1_Request_StallSelf;
	assign Pipeline_stage1_Preview_StageWillStall_Source_3 = Pipeline_stage2_Preview_StageWillStall;
	assign Pipeline_stage1_Preview_StageWillStall_Source_4 = Pipeline_stage2_Request_StallPrev;
	assign Pipeline_stage2_Preview_StageWillStall_Source_1 = Pipeline_PipelinePreview_PipelineWillStall;
	assign Pipeline_stage2_Preview_StageWillStall_Source_2 = Pipeline_stage2_Request_StallSelf;
	assign Pipeline_stage2_Preview_StageWillStall_Source_3 = Pipeline_stage3_Preview_StageWillStall;
	assign Pipeline_stage2_Preview_StageWillStall_Source_4 = Pipeline_stage3_Request_StallPrev;
	assign Pipeline_stage3_Preview_StageWillStall_Source_1 = Pipeline_PipelinePreview_PipelineWillStall;
	assign Pipeline_stage3_Preview_StageWillStall_Source_2 = Pipeline_stage3_Request_StallSelf;
	assign Pipeline_StallControlTestPipelineModule_L96F17L105T18_StallControlTestPipelineModule_L97F54T118_Expr_1 = Pipeline_StallControlTestPipelineModule_L96F17L105T18_StallControlTestPipelineModule_L97F54T97_Expr;
	assign Pipeline_StallControlTestPipelineModule_L96F17L105T18_StallControlTestPipelineModule_L97F54T118_Expr_2 = {
		{7{1'b0}},
		Pipeline_StallControlTestPipelineModule_L96F17L105T18_StallControlTestPipelineModule_L97F101T118_Expr
	}
	;
	assign Pipeline_StallControlTestPipelineModule_L96F17L105T18_StallControlTestPipelineModule_L97F54T97_Expr_1 = {
		{7{1'b0}},
		Inputs_stallStage0
	}
	;
	assign Pipeline_StallControlTestPipelineModule_L96F17L105T18_StallControlTestPipelineModule_L97F54T97_Expr_2 = {
		{7{1'b0}},
		Pipeline_StallControlTestPipelineModule_L96F17L105T18_StallControlTestPipelineModule_L97F76T97_Expr
	}
	;
	assign Pipeline_StallControlTestPipelineModule_L96F17L105T18_StallControlTestPipelineModule_L97F76T97_Expr_1 = Inputs_stallPipeline;
	assign Pipeline_StallControlTestPipelineModule_L96F17L105T18_StallControlTestPipelineModule_L97F101T118_Expr_1 = Inputs_stallPrev;
	assign Pipeline_StallControlTestPipelineModule_L96F17L105T18_StallControlTestPipelineModule_L98F54T117_Expr_1 = Pipeline_StallControlTestPipelineModule_L96F17L105T18_StallControlTestPipelineModule_L98F54T97_Expr;
	assign Pipeline_StallControlTestPipelineModule_L96F17L105T18_StallControlTestPipelineModule_L98F54T117_Expr_2 = {
		{7{1'b0}},
		Inputs_stallPrev
	}
	;
	assign Pipeline_StallControlTestPipelineModule_L96F17L105T18_StallControlTestPipelineModule_L98F54T97_Expr_1 = {
		{7{1'b0}},
		Inputs_stallStage0
	}
	;
	assign Pipeline_StallControlTestPipelineModule_L96F17L105T18_StallControlTestPipelineModule_L98F54T97_Expr_2 = {
		{7{1'b0}},
		Pipeline_StallControlTestPipelineModule_L96F17L105T18_StallControlTestPipelineModule_L98F76T97_Expr
	}
	;
	assign Pipeline_StallControlTestPipelineModule_L96F17L105T18_StallControlTestPipelineModule_L98F76T97_Expr_1 = Inputs_stallPipeline;
	assign Pipeline_StallControlTestPipelineModule_L96F17L105T18_StallControlTestPipelineModule_L99F58T121_Expr_1 = Pipeline_StallControlTestPipelineModule_L96F17L105T18_StallControlTestPipelineModule_L99F58T100_Expr;
	assign Pipeline_StallControlTestPipelineModule_L96F17L105T18_StallControlTestPipelineModule_L99F58T121_Expr_2 = {
		{7{1'b0}},
		Pipeline_StallControlTestPipelineModule_L96F17L105T18_StallControlTestPipelineModule_L99F104T121_Expr
	}
	;
	assign Pipeline_StallControlTestPipelineModule_L96F17L105T18_StallControlTestPipelineModule_L99F58T100_Expr_1 = {
		{7{1'b0}},
		Inputs_stallStage0
	}
	;
	assign Pipeline_StallControlTestPipelineModule_L96F17L105T18_StallControlTestPipelineModule_L99F58T100_Expr_2 = {
		{7{1'b0}},
		Inputs_stallPipeline
	}
	;
	assign Pipeline_StallControlTestPipelineModule_L96F17L105T18_StallControlTestPipelineModule_L99F104T121_Expr_1 = Inputs_stallPrev;
	assign Pipeline_StallControlTestPipelineModule_L107F17L117T18_StallControlTestPipelineModule_L108F54T118_Expr_1 = Pipeline_StallControlTestPipelineModule_L107F17L117T18_StallControlTestPipelineModule_L108F54T97_Expr;
	assign Pipeline_StallControlTestPipelineModule_L107F17L117T18_StallControlTestPipelineModule_L108F54T118_Expr_2 = {
		{15{1'b0}},
		Pipeline_StallControlTestPipelineModule_L107F17L117T18_StallControlTestPipelineModule_L108F101T118_Expr
	}
	;
	assign Pipeline_StallControlTestPipelineModule_L107F17L117T18_StallControlTestPipelineModule_L108F54T97_Expr_1 = {
		{15{1'b0}},
		Inputs_stallStage1
	}
	;
	assign Pipeline_StallControlTestPipelineModule_L107F17L117T18_StallControlTestPipelineModule_L108F54T97_Expr_2 = {
		{15{1'b0}},
		Pipeline_StallControlTestPipelineModule_L107F17L117T18_StallControlTestPipelineModule_L108F76T97_Expr
	}
	;
	assign Pipeline_StallControlTestPipelineModule_L107F17L117T18_StallControlTestPipelineModule_L108F76T97_Expr_1 = Inputs_stallPipeline;
	assign Pipeline_StallControlTestPipelineModule_L107F17L117T18_StallControlTestPipelineModule_L108F101T118_Expr_1 = Inputs_stallPrev;
	assign Pipeline_StallControlTestPipelineModule_L107F17L117T18_StallControlTestPipelineModule_L109F54T117_Expr_1 = Pipeline_StallControlTestPipelineModule_L107F17L117T18_StallControlTestPipelineModule_L109F54T97_Expr;
	assign Pipeline_StallControlTestPipelineModule_L107F17L117T18_StallControlTestPipelineModule_L109F54T117_Expr_2 = {
		{15{1'b0}},
		Inputs_stallPrev
	}
	;
	assign Pipeline_StallControlTestPipelineModule_L107F17L117T18_StallControlTestPipelineModule_L109F54T97_Expr_1 = {
		{15{1'b0}},
		Inputs_stallStage1
	}
	;
	assign Pipeline_StallControlTestPipelineModule_L107F17L117T18_StallControlTestPipelineModule_L109F54T97_Expr_2 = {
		{15{1'b0}},
		Pipeline_StallControlTestPipelineModule_L107F17L117T18_StallControlTestPipelineModule_L109F76T97_Expr
	}
	;
	assign Pipeline_StallControlTestPipelineModule_L107F17L117T18_StallControlTestPipelineModule_L109F76T97_Expr_1 = Inputs_stallPipeline;
	assign Pipeline_StallControlTestPipelineModule_L107F17L117T18_StallControlTestPipelineModule_L110F58T121_Expr_1 = Pipeline_StallControlTestPipelineModule_L107F17L117T18_StallControlTestPipelineModule_L110F58T100_Expr;
	assign Pipeline_StallControlTestPipelineModule_L107F17L117T18_StallControlTestPipelineModule_L110F58T121_Expr_2 = {
		{15{1'b0}},
		Pipeline_StallControlTestPipelineModule_L107F17L117T18_StallControlTestPipelineModule_L110F104T121_Expr
	}
	;
	assign Pipeline_StallControlTestPipelineModule_L107F17L117T18_StallControlTestPipelineModule_L110F58T100_Expr_1 = {
		{15{1'b0}},
		Inputs_stallStage1
	}
	;
	assign Pipeline_StallControlTestPipelineModule_L107F17L117T18_StallControlTestPipelineModule_L110F58T100_Expr_2 = {
		{15{1'b0}},
		Inputs_stallPipeline
	}
	;
	assign Pipeline_StallControlTestPipelineModule_L107F17L117T18_StallControlTestPipelineModule_L110F104T121_Expr_1 = Inputs_stallPrev;
	assign Pipeline_StallControlTestPipelineModule_L119F17L130T18_StallControlTestPipelineModule_L120F54T118_Expr_1 = Pipeline_StallControlTestPipelineModule_L119F17L130T18_StallControlTestPipelineModule_L120F54T97_Expr;
	assign Pipeline_StallControlTestPipelineModule_L119F17L130T18_StallControlTestPipelineModule_L120F54T118_Expr_2 = {
		{23{1'b0}},
		Pipeline_StallControlTestPipelineModule_L119F17L130T18_StallControlTestPipelineModule_L120F101T118_Expr
	}
	;
	assign Pipeline_StallControlTestPipelineModule_L119F17L130T18_StallControlTestPipelineModule_L120F54T97_Expr_1 = {
		{23{1'b0}},
		Inputs_stallStage2
	}
	;
	assign Pipeline_StallControlTestPipelineModule_L119F17L130T18_StallControlTestPipelineModule_L120F54T97_Expr_2 = {
		{23{1'b0}},
		Pipeline_StallControlTestPipelineModule_L119F17L130T18_StallControlTestPipelineModule_L120F76T97_Expr
	}
	;
	assign Pipeline_StallControlTestPipelineModule_L119F17L130T18_StallControlTestPipelineModule_L120F76T97_Expr_1 = Inputs_stallPipeline;
	assign Pipeline_StallControlTestPipelineModule_L119F17L130T18_StallControlTestPipelineModule_L120F101T118_Expr_1 = Inputs_stallPrev;
	assign Pipeline_StallControlTestPipelineModule_L119F17L130T18_StallControlTestPipelineModule_L121F54T117_Expr_1 = Pipeline_StallControlTestPipelineModule_L119F17L130T18_StallControlTestPipelineModule_L121F54T97_Expr;
	assign Pipeline_StallControlTestPipelineModule_L119F17L130T18_StallControlTestPipelineModule_L121F54T117_Expr_2 = {
		{23{1'b0}},
		Inputs_stallPrev
	}
	;
	assign Pipeline_StallControlTestPipelineModule_L119F17L130T18_StallControlTestPipelineModule_L121F54T97_Expr_1 = {
		{23{1'b0}},
		Inputs_stallStage2
	}
	;
	assign Pipeline_StallControlTestPipelineModule_L119F17L130T18_StallControlTestPipelineModule_L121F54T97_Expr_2 = {
		{23{1'b0}},
		Pipeline_StallControlTestPipelineModule_L119F17L130T18_StallControlTestPipelineModule_L121F76T97_Expr
	}
	;
	assign Pipeline_StallControlTestPipelineModule_L119F17L130T18_StallControlTestPipelineModule_L121F76T97_Expr_1 = Inputs_stallPipeline;
	assign Pipeline_StallControlTestPipelineModule_L119F17L130T18_StallControlTestPipelineModule_L122F58T121_Expr_1 = Pipeline_StallControlTestPipelineModule_L119F17L130T18_StallControlTestPipelineModule_L122F58T100_Expr;
	assign Pipeline_StallControlTestPipelineModule_L119F17L130T18_StallControlTestPipelineModule_L122F58T121_Expr_2 = {
		{23{1'b0}},
		Pipeline_StallControlTestPipelineModule_L119F17L130T18_StallControlTestPipelineModule_L122F104T121_Expr
	}
	;
	assign Pipeline_StallControlTestPipelineModule_L119F17L130T18_StallControlTestPipelineModule_L122F58T100_Expr_1 = {
		{23{1'b0}},
		Inputs_stallStage2
	}
	;
	assign Pipeline_StallControlTestPipelineModule_L119F17L130T18_StallControlTestPipelineModule_L122F58T100_Expr_2 = {
		{23{1'b0}},
		Inputs_stallPipeline
	}
	;
	assign Pipeline_StallControlTestPipelineModule_L119F17L130T18_StallControlTestPipelineModule_L122F104T121_Expr_1 = Inputs_stallPrev;
	assign Pipeline_StallControlTestPipelineModule_L132F17L144T18_StallControlTestPipelineModule_L133F54T118_Expr_1 = Pipeline_StallControlTestPipelineModule_L132F17L144T18_StallControlTestPipelineModule_L133F54T97_Expr;
	assign Pipeline_StallControlTestPipelineModule_L132F17L144T18_StallControlTestPipelineModule_L133F54T118_Expr_2 = {
		{31{1'b0}},
		Pipeline_StallControlTestPipelineModule_L132F17L144T18_StallControlTestPipelineModule_L133F101T118_Expr
	}
	;
	assign Pipeline_StallControlTestPipelineModule_L132F17L144T18_StallControlTestPipelineModule_L133F54T97_Expr_1 = {
		{31{1'b0}},
		Inputs_stallStage3
	}
	;
	assign Pipeline_StallControlTestPipelineModule_L132F17L144T18_StallControlTestPipelineModule_L133F54T97_Expr_2 = {
		{31{1'b0}},
		Pipeline_StallControlTestPipelineModule_L132F17L144T18_StallControlTestPipelineModule_L133F76T97_Expr
	}
	;
	assign Pipeline_StallControlTestPipelineModule_L132F17L144T18_StallControlTestPipelineModule_L133F76T97_Expr_1 = Inputs_stallPipeline;
	assign Pipeline_StallControlTestPipelineModule_L132F17L144T18_StallControlTestPipelineModule_L133F101T118_Expr_1 = Inputs_stallPrev;
	assign Pipeline_StallControlTestPipelineModule_L132F17L144T18_StallControlTestPipelineModule_L134F54T117_Expr_1 = Pipeline_StallControlTestPipelineModule_L132F17L144T18_StallControlTestPipelineModule_L134F54T97_Expr;
	assign Pipeline_StallControlTestPipelineModule_L132F17L144T18_StallControlTestPipelineModule_L134F54T117_Expr_2 = {
		{31{1'b0}},
		Inputs_stallPrev
	}
	;
	assign Pipeline_StallControlTestPipelineModule_L132F17L144T18_StallControlTestPipelineModule_L134F54T97_Expr_1 = {
		{31{1'b0}},
		Inputs_stallStage3
	}
	;
	assign Pipeline_StallControlTestPipelineModule_L132F17L144T18_StallControlTestPipelineModule_L134F54T97_Expr_2 = {
		{31{1'b0}},
		Pipeline_StallControlTestPipelineModule_L132F17L144T18_StallControlTestPipelineModule_L134F76T97_Expr
	}
	;
	assign Pipeline_StallControlTestPipelineModule_L132F17L144T18_StallControlTestPipelineModule_L134F76T97_Expr_1 = Inputs_stallPipeline;
	assign Pipeline_StallControlTestPipelineModule_L132F17L144T18_StallControlTestPipelineModule_L135F58T121_Expr_1 = Pipeline_StallControlTestPipelineModule_L132F17L144T18_StallControlTestPipelineModule_L135F58T100_Expr;
	assign Pipeline_StallControlTestPipelineModule_L132F17L144T18_StallControlTestPipelineModule_L135F58T121_Expr_2 = {
		{31{1'b0}},
		Pipeline_StallControlTestPipelineModule_L132F17L144T18_StallControlTestPipelineModule_L135F104T121_Expr
	}
	;
	assign Pipeline_StallControlTestPipelineModule_L132F17L144T18_StallControlTestPipelineModule_L135F58T100_Expr_1 = {
		{31{1'b0}},
		Inputs_stallStage3
	}
	;
	assign Pipeline_StallControlTestPipelineModule_L132F17L144T18_StallControlTestPipelineModule_L135F58T100_Expr_2 = {
		{31{1'b0}},
		Inputs_stallPipeline
	}
	;
	assign Pipeline_StallControlTestPipelineModule_L132F17L144T18_StallControlTestPipelineModule_L135F104T121_Expr_1 = Inputs_stallPrev;
	assign Pipeline_StallControlTestPipelineModule_L96F17L105T18_StallControlTestPipelineModule_L103F48T71_Expr_1 = {
		{2{1'b0}},
		Pipeline_stage0_State_stage0Counter
	}
	;
	assign Pipeline_StallControlTestPipelineModule_L96F17L105T18_StallControlTestPipelineModule_L103F48T71_Expr_2 = {
		{9{1'b0}},
		Pipeline_StallControlTestPipelineModule_L96F17L105T18_StallControlTestPipelineModule_L103F70T71_Expr
	}
	;
	assign Pipeline_StallControlTestPipelineModule_L107F17L117T18_StallControlTestPipelineModule_L115F48T71_Expr_1 = {
		{2{1'b0}},
		Pipeline_stage1_State_stage1Counter
	}
	;
	assign Pipeline_StallControlTestPipelineModule_L107F17L117T18_StallControlTestPipelineModule_L115F48T71_Expr_2 = {
		{9{1'b0}},
		Pipeline_StallControlTestPipelineModule_L107F17L117T18_StallControlTestPipelineModule_L115F70T71_Expr
	}
	;
	assign Pipeline_StallControlTestPipelineModule_L119F17L130T18_StallControlTestPipelineModule_L128F48T71_Expr_1 = {
		{2{1'b0}},
		Pipeline_stage2_State_stage2Counter
	}
	;
	assign Pipeline_StallControlTestPipelineModule_L119F17L130T18_StallControlTestPipelineModule_L128F48T71_Expr_2 = {
		{9{1'b0}},
		Pipeline_StallControlTestPipelineModule_L119F17L130T18_StallControlTestPipelineModule_L128F70T71_Expr
	}
	;
	assign Pipeline_StallControlTestPipelineModule_L132F17L144T18_StallControlTestPipelineModule_L142F48T71_Expr_1 = {
		{2{1'b0}},
		Pipeline_stage3_State_stage3Counter
	}
	;
	assign Pipeline_StallControlTestPipelineModule_L132F17L144T18_StallControlTestPipelineModule_L142F48T71_Expr_2 = {
		{9{1'b0}},
		Pipeline_StallControlTestPipelineModule_L132F17L144T18_StallControlTestPipelineModule_L142F70T71_Expr
	}
	;
	assign Pipeline_PipelinePreview_PipelineWillStall = Pipeline_PipelinePreview_PipelineWillStall_Source;
	assign Pipeline_stage0_Preview_StageWillStall = Pipeline_stage0_Preview_StageWillStall_Source;
	assign Pipeline_stage1_Preview_StageWillStall = Pipeline_stage1_Preview_StageWillStall_Source;
	assign Pipeline_stage2_Preview_StageWillStall = Pipeline_stage2_Preview_StageWillStall_Source;
	assign Pipeline_stage3_Preview_StageWillStall = Pipeline_stage3_Preview_StageWillStall_Source;
	assign Inputs_stallPipeline = stallPipeline;
	assign Inputs_stallPrev = stallPrev;
	assign Inputs_stallStage0 = stallStage0;
	assign Inputs_stallStage1 = stallStage1;
	assign Inputs_stallStage2 = stallStage2;
	assign Inputs_stallStage3 = stallStage3;
	assign Pipeline_State_stage0Counter = Pipeline_stage3_State_stage0Counter;
	assign Pipeline_State_stage1Counter = Pipeline_stage3_State_stage1Counter;
	assign Pipeline_State_stage2Counter = Pipeline_stage3_State_stage2Counter;
	assign Pipeline_State_stage3Counter = Pipeline_stage3_State_stage3Counter;
	assign Pipeline_NextState_stage0Counter = Pipeline_stage3_NextState_stage0Counter;
	assign Pipeline_NextState_stage1Counter = Pipeline_stage3_NextState_stage1Counter;
	assign Pipeline_NextState_stage2Counter = Pipeline_stage3_NextState_stage2Counter;
	assign Pipeline_NextState_stage3Counter = Pipeline_stage3_NextState_stage3Counter;
	assign Pipeline_StallControlTestPipelineModule_L96F17L105T18_StallControlTestPipelineModule_L103F41T72_Cast = Pipeline_StallControlTestPipelineModule_L96F17L105T18_StallControlTestPipelineModule_L103F48T71_Expr[7:0];
	assign Pipeline_StallControlTestPipelineModule_L107F17L117T18_StallControlTestPipelineModule_L115F41T72_Cast = Pipeline_StallControlTestPipelineModule_L107F17L117T18_StallControlTestPipelineModule_L115F48T71_Expr[7:0];
	assign Pipeline_StallControlTestPipelineModule_L119F17L130T18_StallControlTestPipelineModule_L128F41T72_Cast = Pipeline_StallControlTestPipelineModule_L119F17L130T18_StallControlTestPipelineModule_L128F48T71_Expr[7:0];
	assign Pipeline_StallControlTestPipelineModule_L132F17L144T18_StallControlTestPipelineModule_L142F41T72_Cast = Pipeline_StallControlTestPipelineModule_L132F17L144T18_StallControlTestPipelineModule_L142F48T71_Expr[7:0];
	assign outResult_pipelineStalled = Pipeline_PipelineControl_PipelineStalled;
	assign outResult_pipelineWillStall = Pipeline_PipelinePreview_PipelineWillStall;
	assign outResult_stage0Counter = Pipeline_State_stage0Counter;
	assign outResult_stage0Stalled = Pipeline_stage0_Control_StageStalled;
	assign outResult_stage0WillStall = Pipeline_stage0_Preview_StageWillStall;
	assign outResult_stage1Counter = Pipeline_State_stage1Counter;
	assign outResult_stage1Stalled = Pipeline_stage1_Control_StageStalled;
	assign outResult_stage1WillStall = Pipeline_stage1_Preview_StageWillStall;
	assign outResult_stage2Counter = Pipeline_State_stage2Counter;
	assign outResult_stage2Stalled = Pipeline_stage2_Control_StageStalled;
	assign outResult_stage2WillStall = Pipeline_stage2_Preview_StageWillStall;
	assign outResult_stage3Counter = Pipeline_State_stage3Counter;
	assign outResult_stage3Stalled = Pipeline_stage3_Control_StageStalled;
	assign outResult_stage3WillStall = Pipeline_stage3_Preview_StageWillStall;
	assign Pipeline_Inputs_stallPipeline = Inputs_stallPipeline;
	assign Pipeline_Inputs_stallPrev = Inputs_stallPrev;
	assign Pipeline_Inputs_stallStage0 = Inputs_stallStage0;
	assign Pipeline_Inputs_stallStage1 = Inputs_stallStage1;
	assign Pipeline_Inputs_stallStage2 = Inputs_stallStage2;
	assign Pipeline_Inputs_stallStage3 = Inputs_stallStage3;
	// [BEGIN USER ARCHITECTURE]
	// [END USER ARCHITECTURE]
endmodule